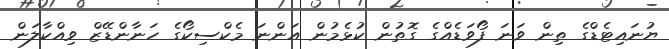
ޔުނައިޓެޑްގެ ތިން ވަނަ ފޯވަޑެއްގެ ގޮތުން ކުޅެމުން އަންނަ މެކްސިކޯގެ ހަނާންޑޭޒް ވިއްކާލަން